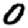
Digit: 0